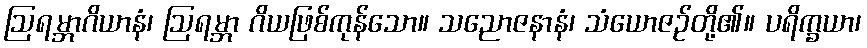
ဩရမ္ဘာဂိယာနံ၊ ဩရမ္ဘာ ဂိယဖြစ်ကုန်သော။ သညောဇနာနံ၊ သံယောဇဉ်တို့၏။ ပရိက္ခယာ၊